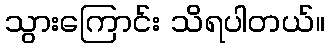
သွားကြောင်း သိရပါတယ်။